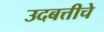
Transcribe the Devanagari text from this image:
उदबत्तीचे